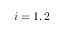
i = 1 , 2